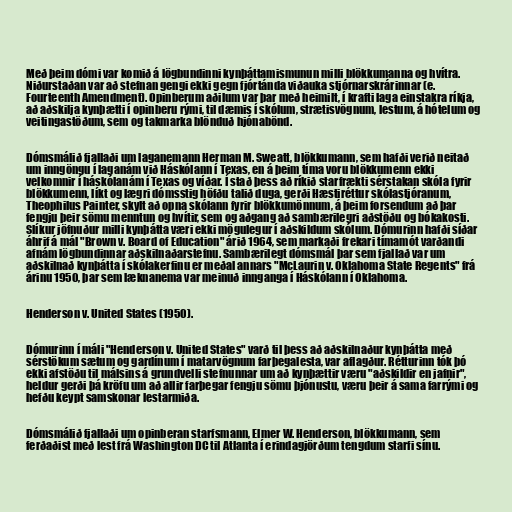
Með þeim dómi var komið á lögbundinni kynþáttamismunun milli blökkumanna og hvítra.
Niðurstaðan var að stefnan gengi ekki gegn fjórtánda viðauka stjórnarskrárinnar (e.
Fourteenth Amendment). Opinberum aðilum var þar með heimilt, í krafti laga einstakra ríkja,
að aðskilja kynþætti í opinberu rými, til dæmis í skólum, strætisvögnum, lestum, á hótelum og
veitingastöðum, sem og takmarka blönduð hjónabönd.

Dómsmálið fjallaði um laganemann Herman M. Sweatt, blökkumann, sem hafði verið neitað
um inngöngu í laganám við Háskólann í Texas, en á þeim tíma voru blökkumenn ekki
velkomnir í háskólanám í Texas og víðar. Í stað þess að ríkið starfrækti sérstakan skóla fyrir
blökkumenn, líkt og lægri dómsstig höfðu talið duga, gerði Hæstiréttur skólastjóranum,
Theophilus Painter, skylt að opna skólann fyrir blökkumönnum, á þeim forsendum að þar
fengju þeir sömu menntun og hvítir, sem og aðgang að sambærilegri aðstöðu og bókakosti.
Slíkur jöfnuður milli kynþátta væri ekki mögulegur í aðskildum skólum. Dómurinn hafði síðar
áhrif á mál "Brown v. Board of Education" árið 1964, sem markaði frekari tímamót varðandi
afnám lögbundinnar aðskilnaðarstefnu. Sambærilegt dómsmál þar sem fjallað var um
aðskilnað kynþátta í skólakerfinu er meðal annars "McLaurin v. Oklahoma State Regents" frá
árinu 1950, þar sem læknanema var meinuð innganga í Háskólann í Oklahoma.

Henderson v. United States (1950).

Dómurinn í máli "Henderson v. United States" varð til þess að aðskilnaður kynþátta með
sérstökum sætum og gardínum í matarvögnum farþegalesta, var aflagður. Rétturinn tók þó
ekki afstöðu til málsins á grundvelli stefnunnar um að kynþættir væru "aðskildir en jafnir",
heldur gerði þá kröfu um að allir farþegar fengju sömu þjónustu, væru þeir á sama farrými og
hefðu keypt samskonar lestarmiða.

Dómsmálið fjallaði um opinberan starfsmann, Elmer W. Henderson, blökkumann, sem
ferðaðist með lest frá Washington DC til Atlanta í erindagjörðum tengdum starfi sínu.